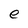
Character: e